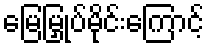
မြေမြှုပ်မိုင်းကြောင့်